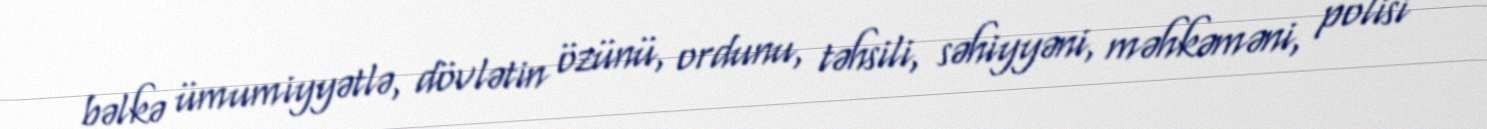
bəlkə ümumiyyətlə, dövlətin özünü, ordunu, təhsili, səhiyyəni, məhkəməni, polisi